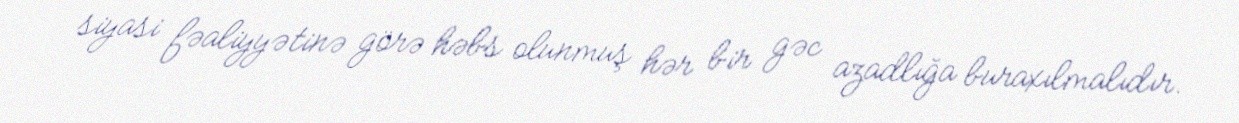
siyasi fəaliyyətinə görə həbs olunmuş hər bir gəc azadlığa buraxılmalıdır.